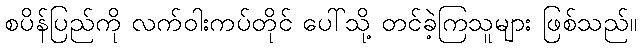
စပိန်ပြည်ကို လက်ဝါးကပ်တိုင် ပေါ်သို့ တင်ခဲ့ကြသူများ ဖြစ်သည်။